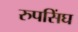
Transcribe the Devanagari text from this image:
रुपसिंघ